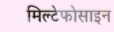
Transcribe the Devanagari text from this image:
मिल्टेफोसाइन